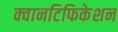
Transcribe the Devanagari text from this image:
क्वानटिफिकेशन